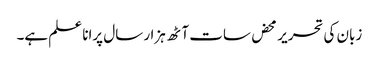
زبان کی تحریر محض سات آٹھ ہزار سال پرانا علم ہے۔